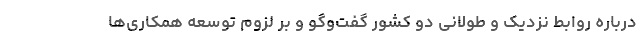
درباره روابط نزدیک و طولانی دو کشور گفت‌وگو و بر لزوم توسعه همکاری‌ها